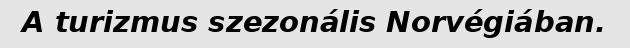
A turizmus szezonális Norvégiában.